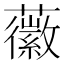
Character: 𧃸